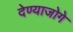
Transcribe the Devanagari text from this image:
देण्याजोगे